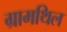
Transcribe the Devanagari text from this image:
ग्रामथिल